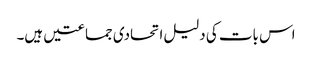
اس بات کی دلیل اتحادی جماعتیں ہیں۔